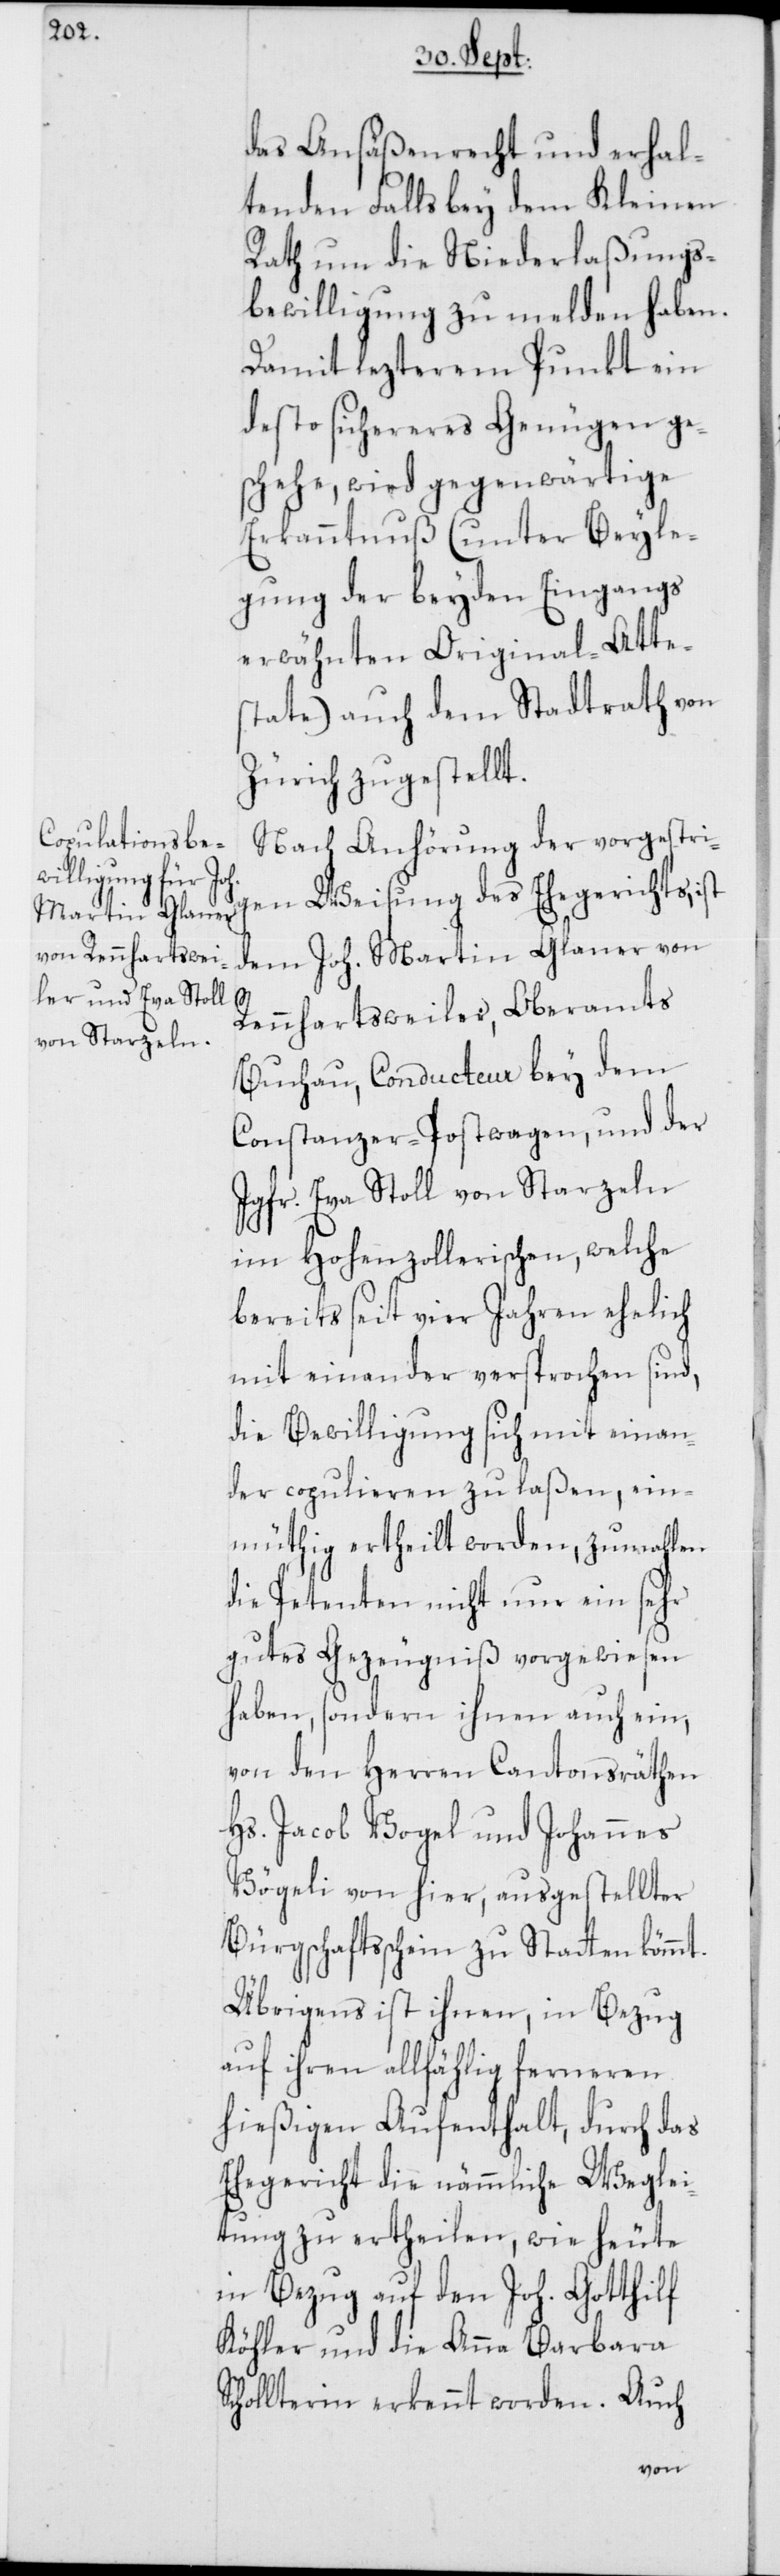
das Ansäßenrecht und erhal¬
tenden Falls bey dem Kleinen
Rath um die Niederlaßungs¬
bewilligung zu melden haben.
Damit lezterem Punkt ein
desto sichereres Genügen ge¬
schehe, wird gegenwärtige
Erkanntnuß (unter Beyle¬
gung der beyden Eingangs
erwähnten Original-Atte¬
state) auch dem Stadtrath von
Zürich zugestellt.
Nach Anhörung der vorgestri¬
gen Weisung des Ehegerichts, ist
dem Joh. Martin Glaner von
Rennhartsweiler, Oberamts
Buchau, Conducteur bey dem
Constanzer-Postwagen, und der
Jgfr. Eva Stoll von Starzeln
im Hohenzollerischen, welche
bereits seit vier Jahren ehelich
mit einander versprochen sind,
die Bewilligung sich mit einan¬
der copulieren zu laßen, ein¬
müthig ertheilt worden, zumahlen
die Petenten nicht nur ein sehr
gutes Gezeugniß vorgewiesen
haben, sondern ihnen auch ein,
von den Herren Cantonsräthen
Hs. Jacob Vogel und Johannes
Vögeli von hier, ausgestellter
Bürgschaftsschein zu Statten kömmt.
Übrigens ist ihnen, in Bezug
auf ihren allfählig ferneren
hießigen Aufenthalt, durch das
Ehegericht die nämmliche Weglei¬
tung zu ertheilen, wie heute
in Bezug auf den Joh. Gotthilf
Köhler und die Anna Barbara
Schollterin erkennt worden. Auch